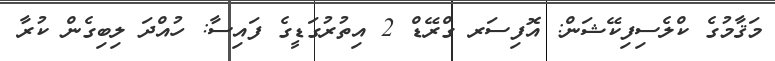
މަޤާމުގެ ކްލެސިފިކޭޝަން: އޮފިސަރ ގްރޭޑް 2 އިތުރުގަޑީގެ ފައިސާ: ހުއްދަ ލިބިގެން ކުރާ